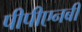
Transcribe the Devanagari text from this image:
पीपीएनबी